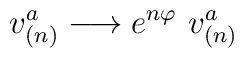
v_{(n)}^{a}\longrightarrow e^{n\varphi }\ v_{(n)}^{a}